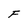
Character: F